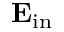
\mathbf { E _ { \mathrm { { i n } } } }